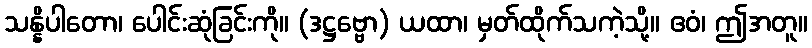
သန္နိပါတော၊ ပေါင်းဆုံခြင်းကို။ (ဒဋ္ဌဗ္ဗော) ယထာ၊ မှတ်ထိုက်သကဲ့သို့။ ဧဝံ၊ ဤအတူ။